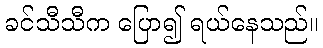
ခင်သီသီက ပြော၍ ရယ်နေသည်။